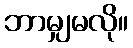
ဘာမျှမလို။